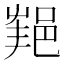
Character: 𨛝